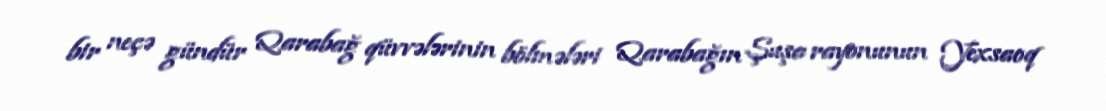
bir neçə gündür Qarabağ qüvvələrinin bölmələri Qarabağın Şuşa rayonunun Yexsaoq